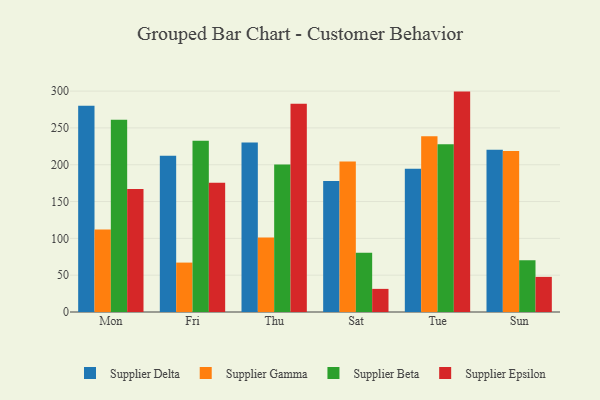
{"axis": {"x": "Day", "y": "Satisfaction Score"}, "legend": ["Supplier Beta", "Supplier Delta", "Supplier Epsilon", "Supplier Gamma"], "data": [{"x": "Mon", "y": 280.0, "type": "Supplier Delta"}, {"x": "Mon", "y": 112.2, "type": "Supplier Gamma"}, {"x": "Mon", "y": 261.1, "type": "Supplier Beta"}, {"x": "Mon", "y": 166.9, "type": "Supplier Epsilon"}, {"x": "Fri", "y": 212.1, "type": "Supplier Delta"}, {"x": "Fri", "y": 67.1, "type": "Supplier Gamma"}, {"x": "Fri", "y": 232.6, "type": "Supplier Beta"}, {"x": "Fri", "y": 175.5, "type": "Supplier Epsilon"}, {"x": "Thu", "y": 230.1, "type": "Supplier Delta"}, {"x": "Thu", "y": 101.2, "type": "Supplier Gamma"}, {"x": "Thu", "y": 200.4, "type": "Supplier Beta"}, {"x": "Thu", "y": 282.9, "type": "Supplier Epsilon"}, {"x": "Sat", "y": 177.9, "type": "Supplier Delta"}, {"x": "Sat", "y": 204.3, "type": "Supplier Gamma"}, {"x": "Sat", "y": 80.4, "type": "Supplier Beta"}, {"x": "Sat", "y": 31.4, "type": "Supplier Epsilon"}, {"x": "Tue", "y": 194.4, "type": "Supplier Delta"}, {"x": "Tue", "y": 238.8, "type": "Supplier Gamma"}, {"x": "Tue", "y": 227.7, "type": "Supplier Beta"}, {"x": "Tue", "y": 299.3, "type": "Supplier Epsilon"}, {"x": "Sun", "y": 220.2, "type": "Supplier Delta"}, {"x": "Sun", "y": 218.6, "type": "Supplier Gamma"}, {"x": "Sun", "y": 70.2, "type": "Supplier Beta"}, {"x": "Sun", "y": 47.7, "type": "Supplier Epsilon"}]}